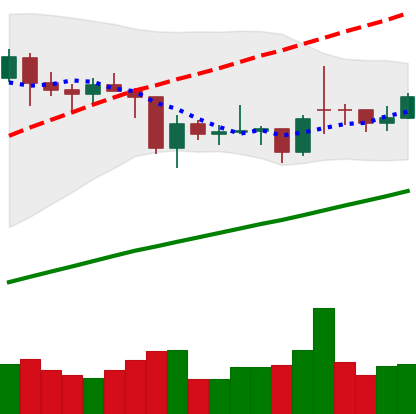
Ticker: BTC-USD
Chart end date: 2021-02-02
Forward return: 9.555%
Label: up_7plus